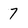
Character: 7